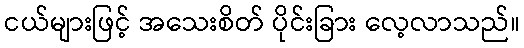
ငယ်များဖြင့် အသေးစိတ် ပိုင်းခြား လေ့လာသည်။